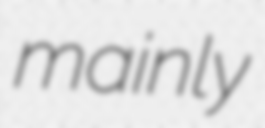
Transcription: mainly